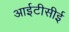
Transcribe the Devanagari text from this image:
आईटीसीई